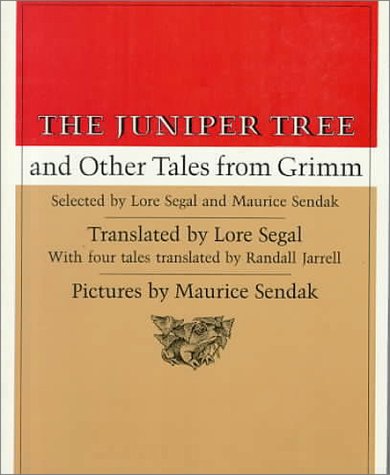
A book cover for The Juniper Tree: And Other Tales from Grimm; Jacob Grimm; Children's Books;